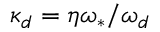
\kappa _ { d } = \eta \omega _ { \ast } / \omega _ { d }